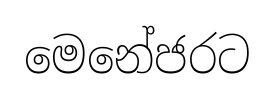
මෙනේජරට